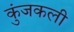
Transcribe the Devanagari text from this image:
कुंजकली